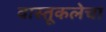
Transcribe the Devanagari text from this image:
वास्तूकलेचा